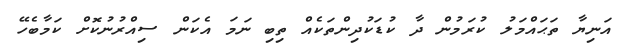
އަނިޔާ ތަޙައްމަލު ކުރަމުން ދާ ކުޑަކުދިންތަކެއް ތިބި ނަމަ އެކަން ސިއްރުނުކޮށް ކަމާބެހޭ